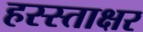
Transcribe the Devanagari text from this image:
हस्स्ताक्षर